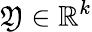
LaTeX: \mathfrak{Y}\in\mathbb{{R}}^{k}